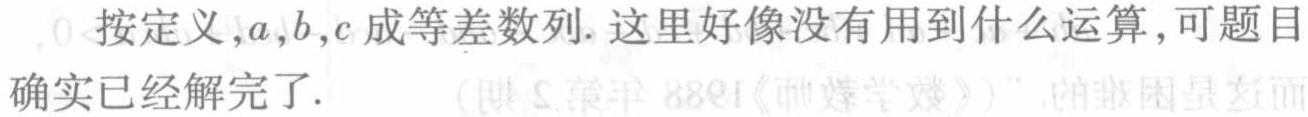
按定义,$a,b,c$成等差数列. 这里好像没有用到什么运算,可题目确实已经解完了. （第2期,1988《数学通讯》）